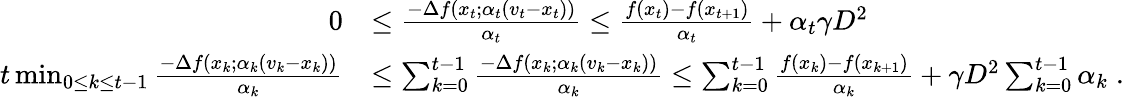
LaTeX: \begin{array}{rl}{0}&{\leq\frac{-\Delta f(x_{t};\alpha_{t}(v_{t}-x_{t}))}{\alpha_{t}}\leq\frac{f(x_{t})-f(x_{t+1})}{\alpha_{t}}+\alpha_{t}\gamma D^{2}}\\ {t\operatorname*{min}_{\substack{0\leq k\leq{t-1}}}\frac{-\Delta f(x_{k};\alpha_{k}(v_{k}-x_{k}))}{\alpha_{k}}}&{\leq\sum_{k=0}^{t-1}\frac{-\Delta f(x_{k};\alpha_{k}(v_{k}-x_{k}))}{\alpha_{k}}\leq\sum_{k=0}^{t-1}\frac{f(x_{k})-f(x_{k+1})}{\alpha_{k}}+\gamma D^{2}\sum_{k=0}^{t-1}\alpha_{k}\; .}\end{array}